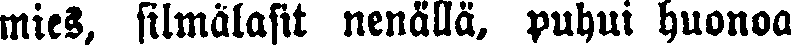
mies, silmälasit nenällä, puhui huonoa